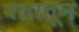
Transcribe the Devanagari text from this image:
बलातून